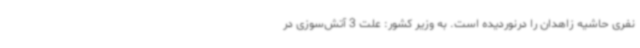
نفری حاشیه زاهدان را درنوردیده است. به وزیر کشور: علت 3 آتش‌سوزی در